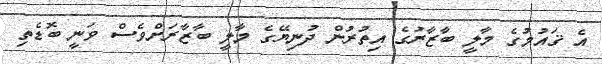
އެ ޤައުމުގެ މާލީ ބާޒާރުގެ އިތުރުން ދުނިޔޭގެ މާލީ ބާޒާރަށްވެސް ވަނީ ބޮޑެތި